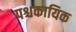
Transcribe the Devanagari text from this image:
पश्चकायिक